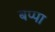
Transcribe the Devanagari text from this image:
बप्‍पा